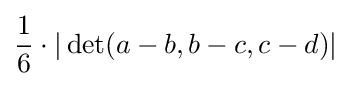
{\frac {1}{6}}\cdot |\det(a-b,b-c,c-d)|